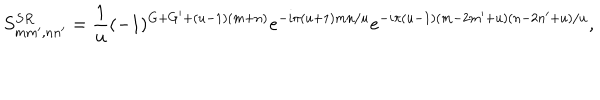
LaTeX: S _ { m m ^ { \prime } , n n ^ { \prime } } ^ { S R } = \frac { 1 } { u } ( - 1 ) ^ { G + G ^ { \prime } + ( u - 1 ) ( m + n ) } e ^ { - i \pi ( u + 1 ) m n / u } e ^ { - i \pi ( u - 1 ) ( m - 2 m ^ { \prime } + u ) ( n - 2 n ^ { \prime } + u ) / u } ,